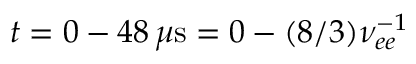
t = 0 - 4 8 \, \mu \mathrm { s } = 0 - ( 8 / 3 ) \nu _ { e e } ^ { - 1 }